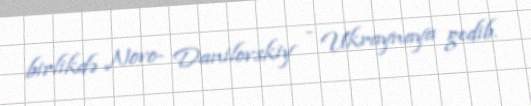
birlikdə Novo- Danilovskiy - Ukraynaya gedib.